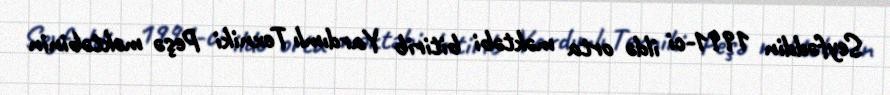
Seyfəddin 1991-ci ildə orta məktəbi bitirib Yardımlı Texniki Peşə məktəbinin